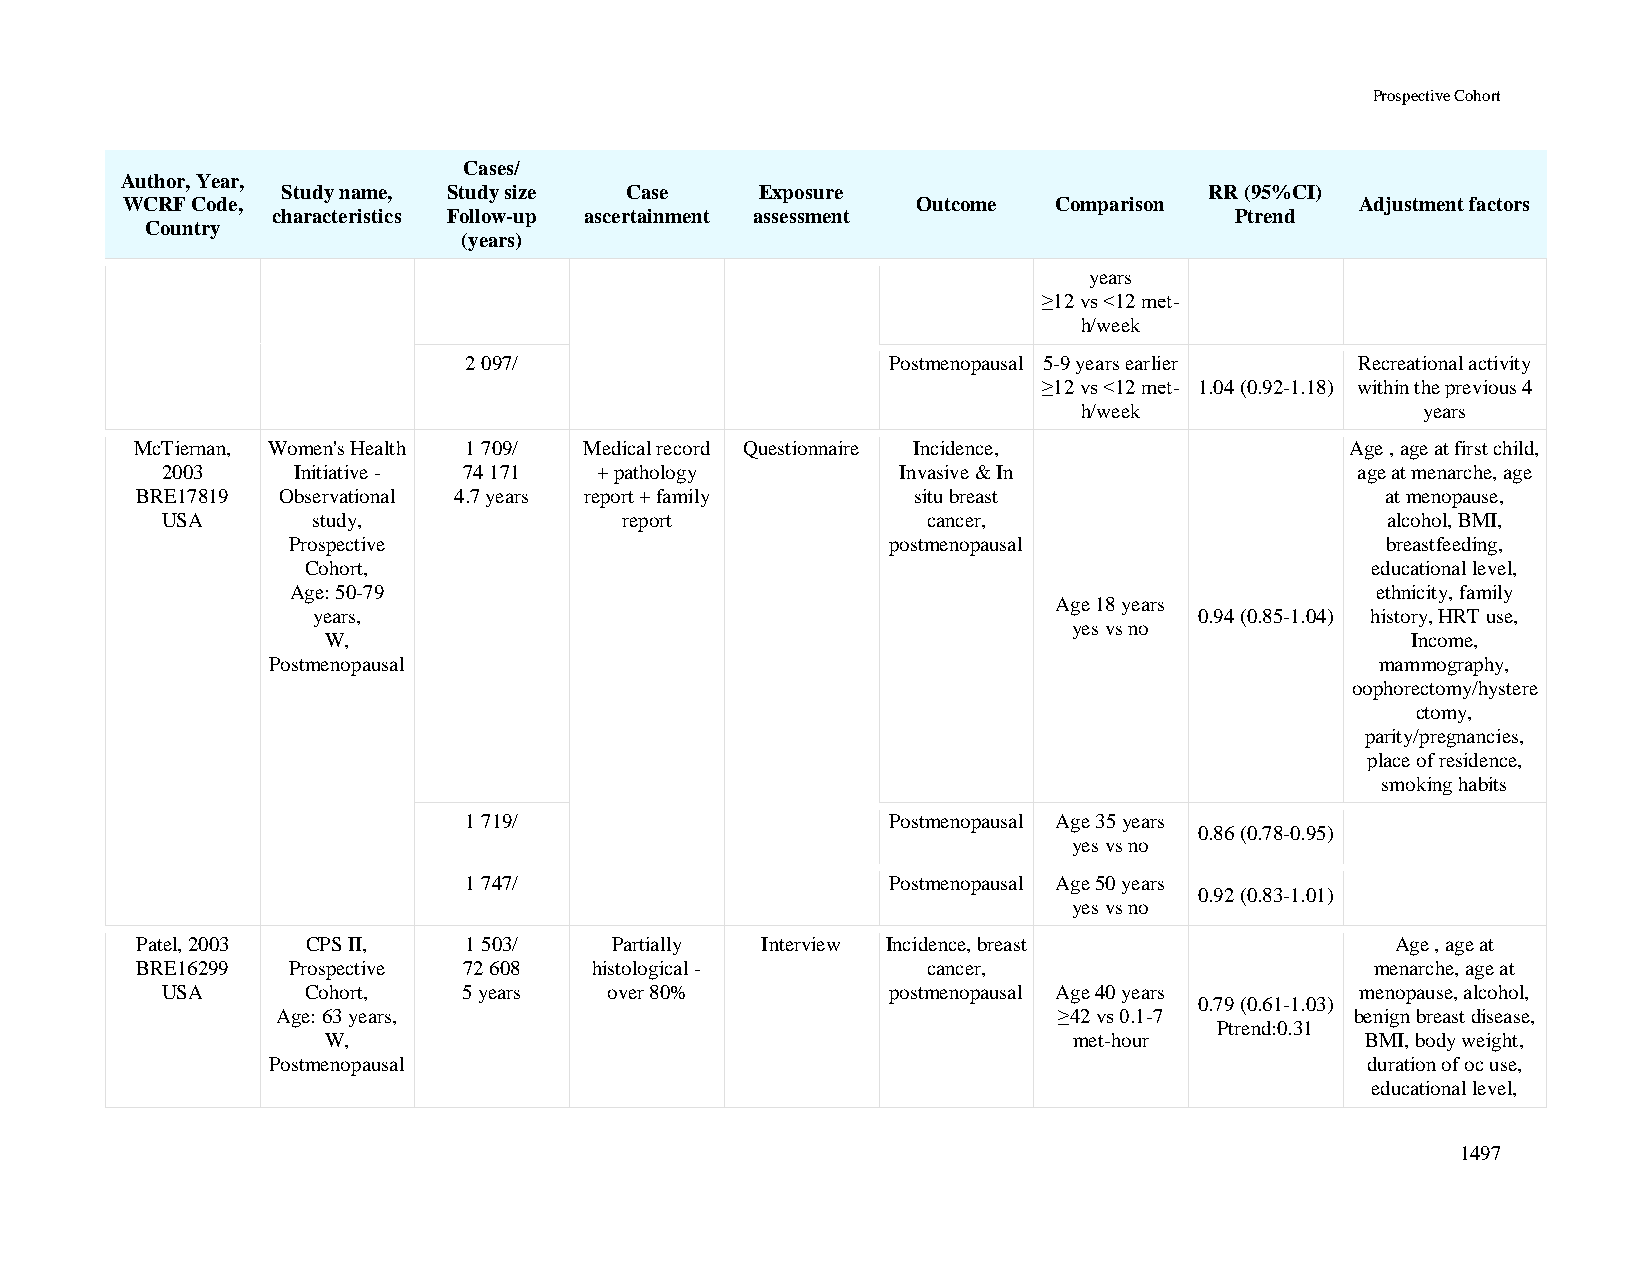
Prospective Cohort
 Cases/
 Author, Year,
 Study name, Study size Case    Exposure                      RR (95%CI)
 WCRF Code,                                           Outcome  Comparison          Adjustment factors
 characteristics Follow-up ascertainment assessment              Ptrend
 Country
 (years)
 years
 ≥12 vs <12 met-
 h/week
 2 097/                      Postmenopausal 5-9 years earlier Recreational activity
 ≥12 vs <12 met- 1.04 (0.92-1.18) within the previous 4
 h/week                 years
 McTiernan, Women's Health 1 709/ Medical record Questionnaire Incidence,        Age , age at first child,
 2003    Initiative - 74 171 + pathology         Invasive & In                  age at menarche, age
 BRE17819 Observational 4.7 years report + family   situ breast                     at menopause,
 USA       study,              report              cancer,                        alcohol, BMI,
 Prospective                             postmenopausal                   breastfeeding,
 Cohort,                                                                educational level,
 Age: 50-79                                                              ethnicity, family
 Age 18 years
 years,                                                    0.94 (0.85-1.04) history, HRT use,
 yes vs no
 W,                                                                      Income,
 Postmenopausal                                                           mammography,
 oophorectomy/hystere
 ctomy,
 parity/pregnancies,
 place of residence,
 smoking habits
 1 719/                      Postmenopausal Age 35 years
 0.86 (0.78-0.95)
 yes vs no
 1 747/                      Postmenopausal Age 50 years
 0.92 (0.83-1.01)
 yes vs no
 Patel, 2003 CPS II,   1 503/   Partially Interview Incidence, breast               Age , age at
 BRE16299  Prospective 72 608  histological -        cancer,                       menarche, age at
 USA      Cohort,    5 years  over 80%           postmenopausal Age 40 years    menopause, alcohol,
 0.79 (0.61-1.03)
 Age: 63 years,                                      ≥42 vs 0.1-7        benign breast disease,
 Ptrend:0.31
 W,                                                met-hour           BMI, body weight,
 Postmenopausal                                                          duration of oc use,
 educational level,
 1497